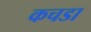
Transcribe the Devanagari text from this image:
कचडा